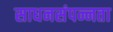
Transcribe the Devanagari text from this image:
साधनसंपन्नता